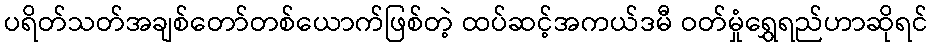
ပရိတ်သတ်အချစ်တော်တစ်ယောက်ဖြစ်တဲ့ ထပ်ဆင့်အကယ်ဒမီ ဝတ်မှုံရွှေရည်ဟာဆိုရင်